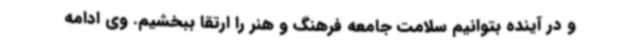
و در آینده بتوانیم سلامت جامعه فرهنگ و هنر را ارتقا ببخشیم. وی ادامه